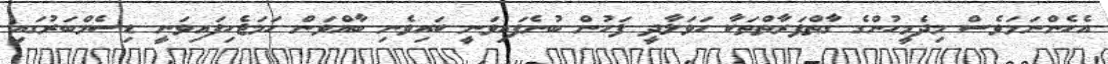
އެހެންނަމަވެސް މިދެމީހުންގެ ގާތްފަރާތްތަކާ ހަވަލާދީ ފަހުން ބުނެފައިވަނީ ކައިވެނި ބާއްވަން ހަމަޖެހިފައިވަނީ ޑިސެމްބަރުގައި